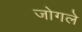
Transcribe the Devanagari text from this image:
जोगले